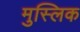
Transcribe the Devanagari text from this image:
मुस्लिक